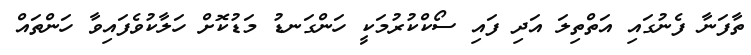
ތާފަނާ ފެނުގައި އަތްތިލަ އަދި ފައި ސޯކްކުރުމަކީ ހަންގަނޑު މަޑުކޮށް ހަލާކުވެފައިވާ ހަންތައް